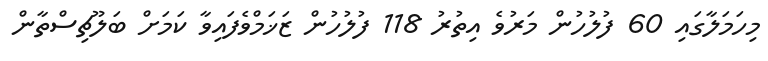
މިހަމަލާގައި 60 ފުލުހުން މަރުވެ އިތުރު 118 ފުލުހުން ޒަޚަމްވެފައިވާ ކަމަށް ބަލޫޗިސްތާން